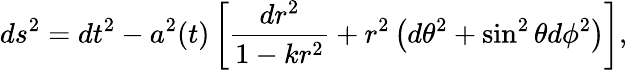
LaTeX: ds^{2}=dt^{2}-a^{2}(t)\left[{\frac{dr^{2}}{1-kr^{2}}}+r^{2}\left(d\theta^{2}+\sin^{2}\theta d\phi^{2}\right)\right],